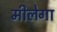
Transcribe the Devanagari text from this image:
मीलेगा